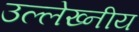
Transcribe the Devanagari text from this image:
उल्लेख्नीय